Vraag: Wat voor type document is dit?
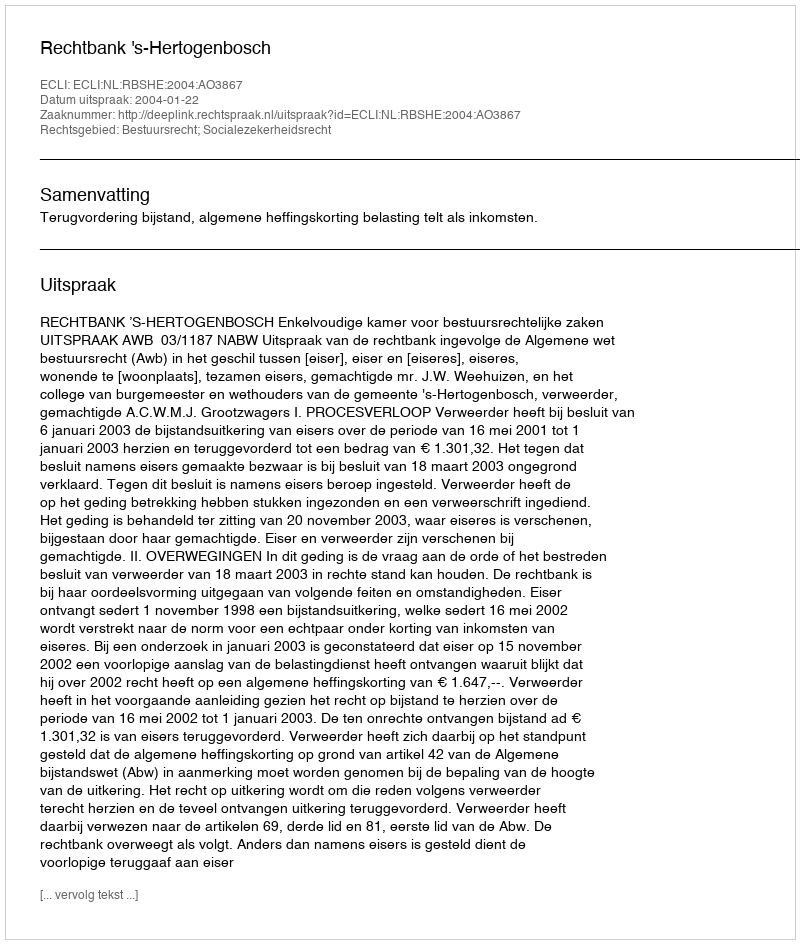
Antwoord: Uitspraak